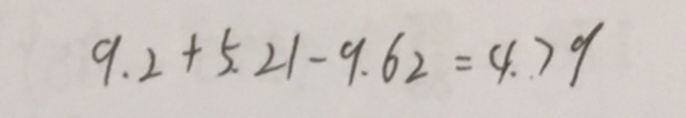
9 . 2 + 5 . 2 1 - 9 . 6 2 = 4 . 7 9